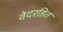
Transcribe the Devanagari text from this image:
वेदरहित